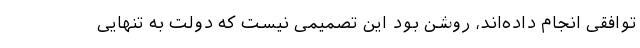
توافقی انجام داده‌اند، روشن بود این تصمیمی نیست که دولت به تنهایی